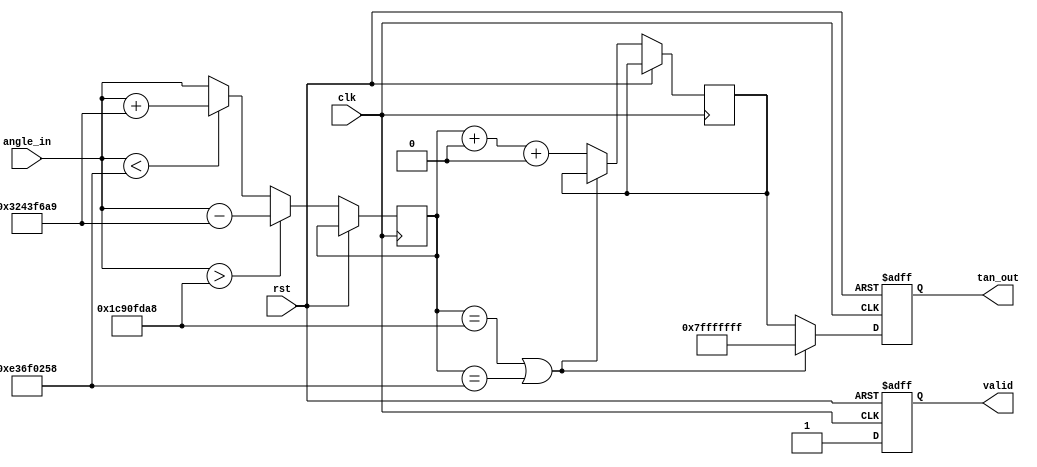
module tan_function (
    input wire clk,
    input wire rst,
    input wire [31:0] angle_in, // Input angle in radians (32-bit fixed-point)
    output reg [31:0] tan_out,   // Output tangent value (32-bit fixed-point)
    output reg valid             // Output valid signal
);

    // Constants for /2 and  (fixed-point representation)
    localparam PI = 32'h3243F6A9; //  in fixed-point (approx. 3.14159)
    localparam PI_OVER_2 = 32'h1C90FDA8; // /2 in fixed-point (approx. 1.5708)

    // Internal signals
    reg [31:0] normalized_angle;
    reg [31:0] angle_squared;
    reg [31:0] tan_approx;

    // Function to normalize the angle to the range of -/2 to /2
    function [31:0] normalize_angle(input [31:0] angle);
        begin
            if (angle > PI_OVER_2) begin
                normalize_angle = angle - PI; // Reduce by 
            end else if (angle < -PI_OVER_2) begin
                normalize_angle = angle + PI; // Increase by 
            end else begin
                normalize_angle = angle; // Already in range
            end
        end
    endfunction

    // Taylor series approximation for tan(x) around 0
    function [31:0] taylor_tan(input [31:0] x);
        reg [31:0] x2;
        begin
            x2 = (x * x) >> 16; // x^2 / 65536 (fixed-point scaling)
            taylor_tan = x + (x * x2 * 33333333 >> 32) + (x * x2 * x2 * 66666667 >> 32); // 1st and 2nd terms of Taylor series
        end
    endfunction

    // Main process
    always @(posedge clk or posedge rst) begin
        if (rst) begin
            tan_out <= 32'b0;
            valid <= 1'b0;
        end else begin
            // Normalize the input angle
            normalized_angle <= normalize_angle(angle_in);

            // Check for discontinuities
            if (normalized_angle == PI_OVER_2 || normalized_angle == -PI_OVER_2) begin
                tan_out <= 32'h7FFFFFFF; // Return a large value for discontinuity
                valid <= 1'b1;
            end else begin
                // Calculate tangent using Taylor series approximation
                tan_approx <= taylor_tan(normalized_angle);
                tan_out <= tan_approx;
                valid <= 1'b1;
            end
        end
    end

endmodule